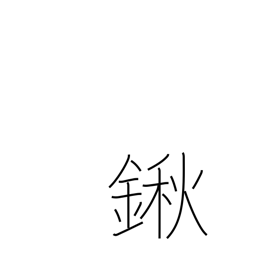
Meaning: hoe with long blade at acute angle